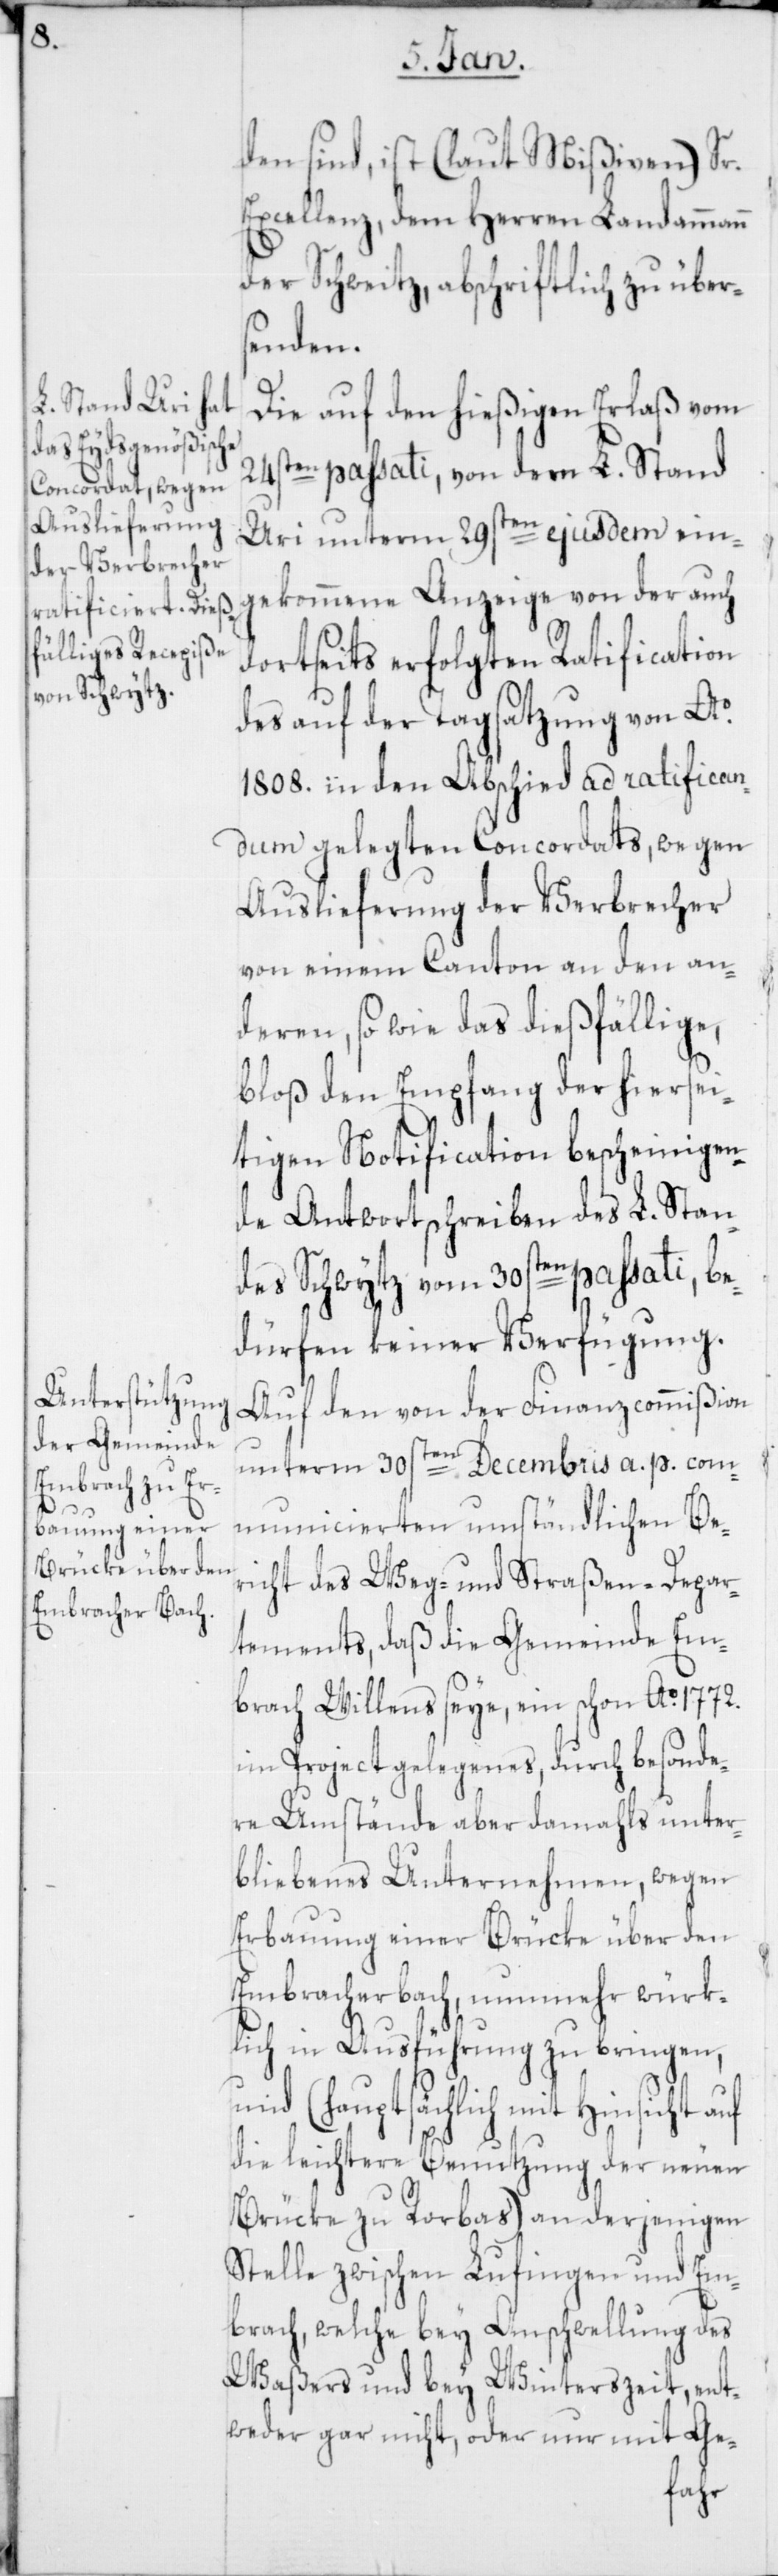
den sind, ist (laut Mißiven) Sr.
Excellenz, dem Herren Landammann
der Schweitz, abschriftlich zu über¬
senden.
Die auf den hießigen Erlaß vom
24sten passati, von dem L. Stand
Uri unterm 29sten ejusdem ein¬
gekommene Anzeige von der auch
dortseits erfolgten Ratification
des auf der Tagsatzung von Ao
1808. in den Abschied ad ratifican¬
dum gelegten Concordats, wegen
Auslieferung der Verbrecher
von einem Canton an den an¬
deren, sowie das dießfällige,
bloß den Empfang der hiersei¬
tigen Notification bescheinigen¬
de Antwortschreiben des L. Stan¬
des Schwytz vom 30sten passati, be¬
dürfen keiner Verfügung.
Auf den von der Finanzcommißion
unterm 30sten Decembris a. p. com¬
municierten umständlichen Be¬
richt des Weg- und Straßen-Depar¬
tements, daß die Gemeinde Em¬
brach Willens seye, ein schon Ao 1772.
im Project gelegenes, durch besonde¬
re Umstände aber damahls unter¬
bliebenes Unternehmen, wegen
Erbauung einer Brücke über den
Embracherbach, nunmehr würk¬
lich in Ausführung zu bringen,
und (hauptsächlich mit Hinsicht
die leichtere Benutzung der neuen
Brücke zu Rorbas) an derjenigen
Stelle zwischen Lufingen und Em¬
brach, welche bey Anschwellung des
Waßers und bey Winterszeit, ent¬
weder gar nicht oder nur mit Ge-